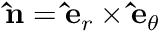
\mathbf { \hat { n } } = \mathbf { \hat { e } } _ { r } \times \mathbf { \hat { e } } _ { \theta }